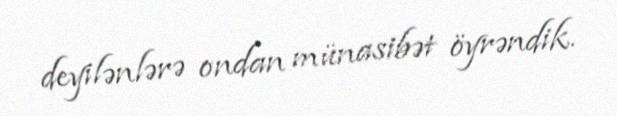
deyilənlərə ondan münasibət öyrəndik.